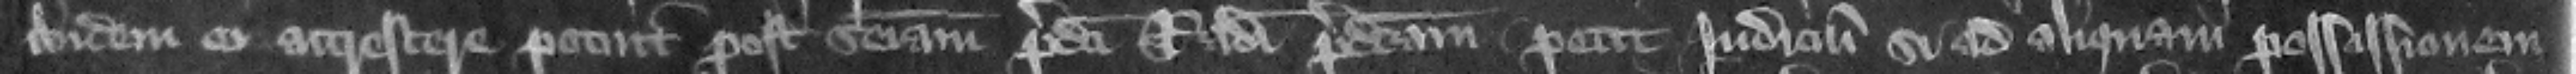
ibidem ei accrescere potuit post seisinam predicti Radulfi predictam petit iudicium si ad aliquam possissionem